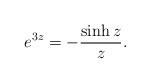
LaTeX: \begin{align*} e^{3z}=-\frac{\sinh z}{z}. \end{align*}